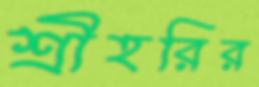
শ্রীহরির